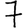
Digit: 7